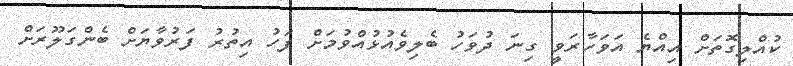
ކުއްލިގޮތަށް އިއްޔެ އަވަހާރަވީ ގިނަ ދުވަހު ބެލިވެއުޅުއްވުމަށް ފަހު އިތުރު ފަރުވާޔަށް ބެންގަލޫރަށް